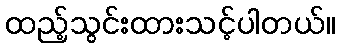
ထည့်သွင်းထားသင့်ပါတယ်။